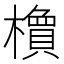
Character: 𬄽